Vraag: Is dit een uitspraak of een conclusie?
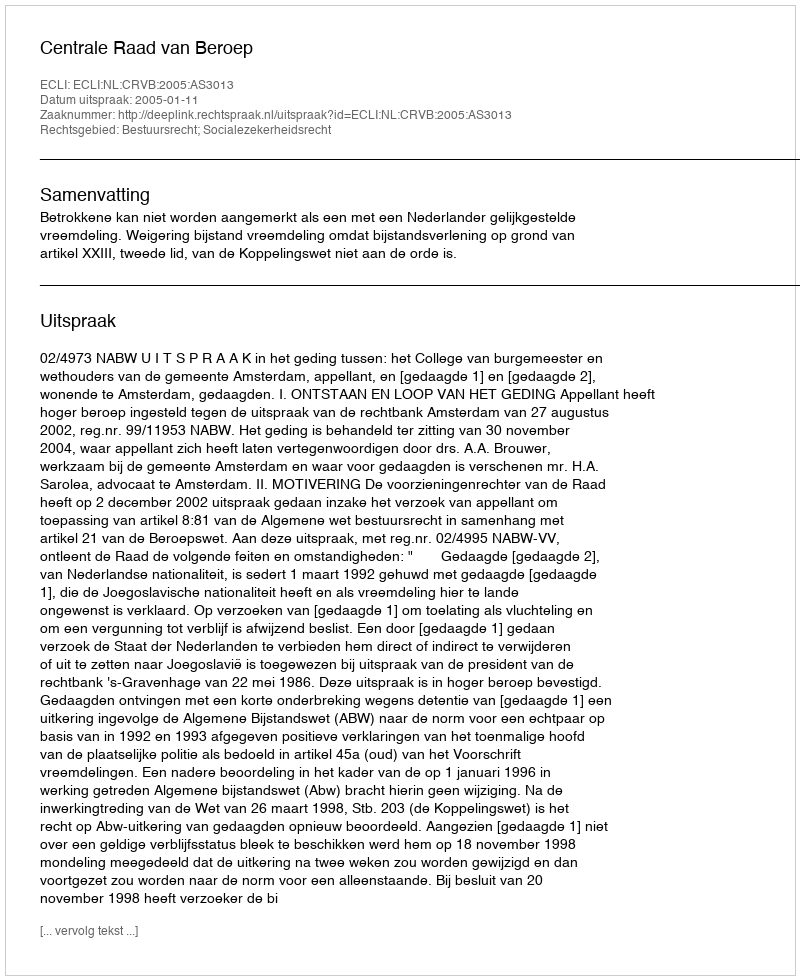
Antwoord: Uitspraak